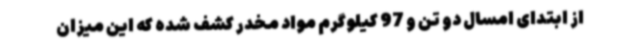
از ابتدای امسال دو تن و 97 کیلوگرم مواد مخدر کشف شده که این میزان